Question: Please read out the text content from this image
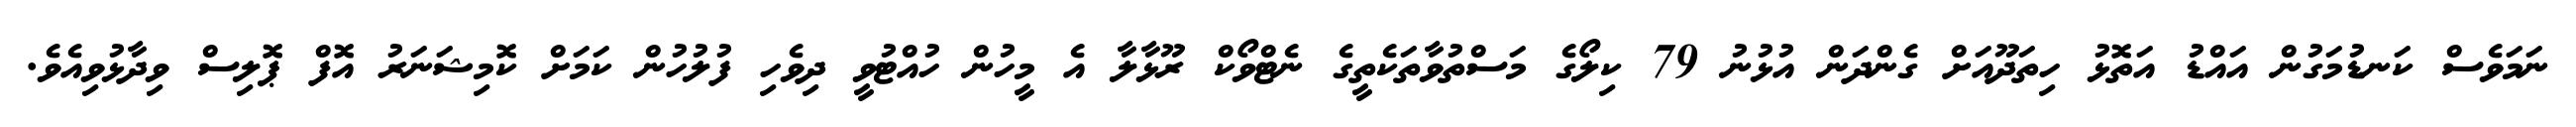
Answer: ނަމަވެސް ކަނޑުމަގުން އައްޑު އަތޮޅު ހިތަދޫއަށް ގެންދަން އުޅުނު 79 ކިލޯގެ މަސްތުވާތަކެތީގެ ނެޓްވޯކް ރޫޅާލާ އެ މީހުން ހުއްޓުވީ ދިވެހި ފުލުހުން ކަމަށް ކޮމިޝަނަރު އޮފް ޕޮލިސް ވިދާޅުވިއެވެ.